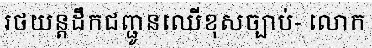
រថយន្តដឹកជញ្ជូនឈើខុសច្បាប់- លោក